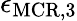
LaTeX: \epsilon_{\mathrm{MCR,3}}